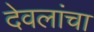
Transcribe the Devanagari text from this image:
देवलांचा